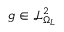
g \in \mathcal L _ { \Omega _ { L } } ^ { 2 }